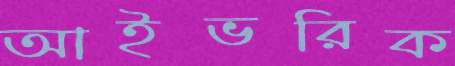
আইভরিক